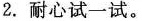
2.耐心试一试。